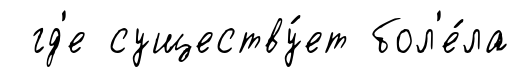
гд'е существу́ет бол'е́ла